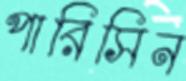
পারিসিন